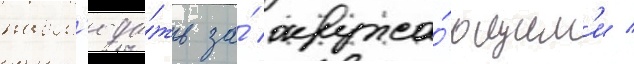
набл'юда́ть за́ окружа́ющим'и /